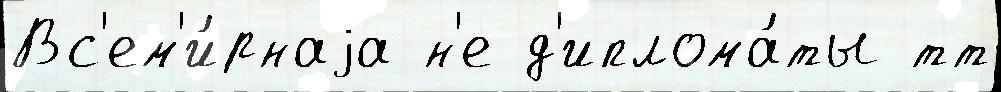
Вс'ем'и́рнаjа н'е д'иплома́ты тт